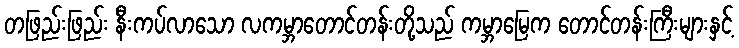
တဖြည်းဖြည်း နီးကပ်လာသော လကမ္ဘာတောင်တန်းတို့သည် ကမ္ဘာမြေက တောင်တန်းကြီးများနှင့်